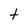
Character: t